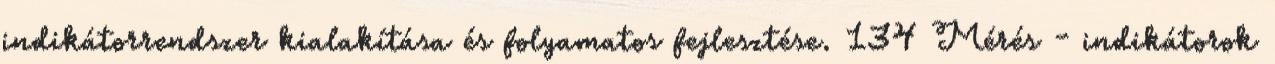
indikátorrendszer kialakítása és folyamatos fejlesztése. 134 Mérés - indikátorok